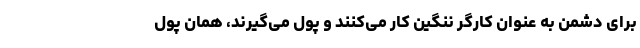
برای دشمن به عنوان کارگر ننگین کار می‌کنند و پول می‌گیرند، همان پول